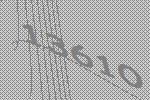
13610